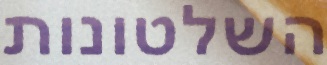
השלטונות